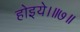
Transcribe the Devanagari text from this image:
होइये।॥७॥